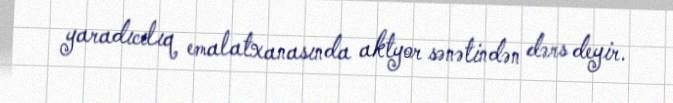
yaradıcılıq emalatxanasında aktyor sənətindən dərs deyir.